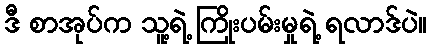
ဒီ စာအုပ်က သူ့ရဲ့ ကြိုးပမ်းမှုရဲ့ ရလာဒ်ပဲ။